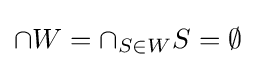
\cap W=\cap _{S\in W}S=\emptyset